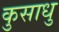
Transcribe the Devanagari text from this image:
कुसाधु